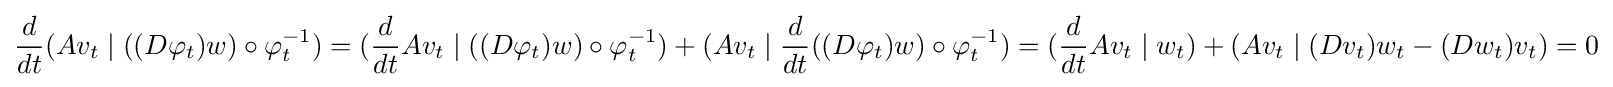
{\frac {d}{dt}}(Av_{t}\mid ((D\varphi _{t})w)\circ \varphi _{t}^{-1})=({\frac {d}{dt}}Av_{t}\mid ((D\varphi _{t})w)\circ \varphi _{t}^{-1})+(Av_{t}\mid {\frac {d}{dt}}((D\varphi _{t})w)\circ \varphi _{t}^{-1})=({\frac {d}{dt}}Av_{t}\mid w_{t})+(Av_{t}\mid (Dv_{t})w_{t}-(Dw_{t})v_{t})=0